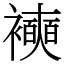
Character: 襫